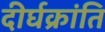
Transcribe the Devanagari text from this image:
दीर्घक्रांति